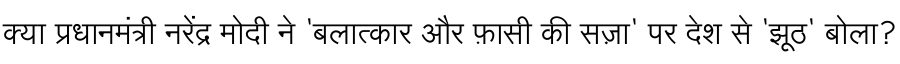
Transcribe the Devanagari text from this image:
क्या प्रधानमंत्री नरेंद्र मोदी ने 'बलात्कार और फ़ासी की सज़ा' पर देश से 'झूठ' बोला?